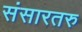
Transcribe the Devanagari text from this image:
संसारतरु